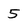
Character: 5